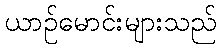
ယာဉ်မောင်းများသည်